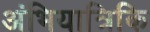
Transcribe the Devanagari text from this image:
अंभियात्रिकि